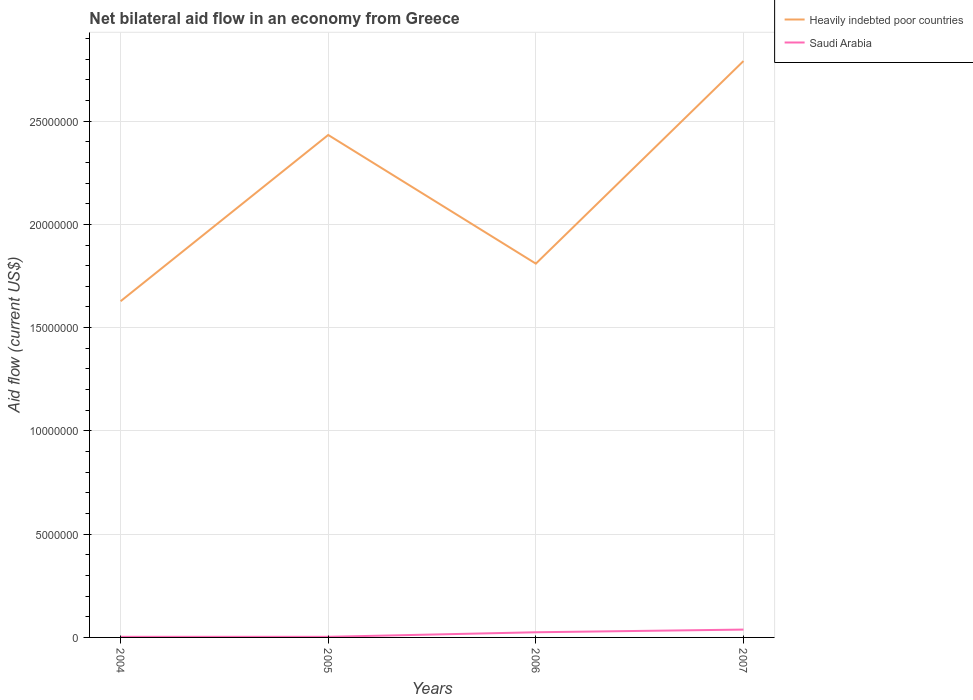
| Years | Heavily indebted poor countries | Saudi Arabia |
 | --- | --- | --- |
 | 2004 | 1.63e+07 | 3e+04 |
 | 2005 | 2.43e+07 | 3e+04 |
 | 2006 | 1.81e+07 | 2.5e+05 |
 | 2007 | 2.79e+07 | 3.8e+05 |